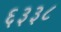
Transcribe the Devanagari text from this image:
६३३८